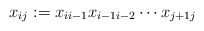
\begin{align*} x_{ij}:=x_{ii-1}x_{i-1i-2}\cdots x_{j+1j} \end{align*}